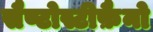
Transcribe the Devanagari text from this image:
सैण्टोस्टीफ़ैनो